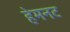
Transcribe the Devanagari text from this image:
हेमनट